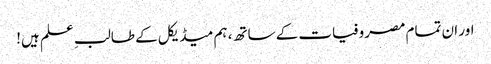
اور ان تمام مصروفیات کے ساتھ، ہم میڈیکل کے طالبِ علم ہیں!